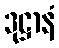
ဒုဋ္ဌာနံ